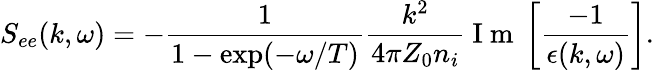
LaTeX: S_{ee}(k,\omega)=-\frac{1}{1-\exp(-\omega/T)}\frac{k^{2}}{4\pi Z_{0}n_{i}}\mathrm{~I~m~}\left[\frac{-1}{\epsilon(k,\omega)}\right].